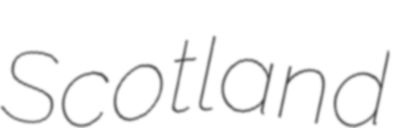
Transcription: Scotland